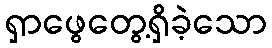
ရှာဖွေတွေ့ရှိခဲ့သော